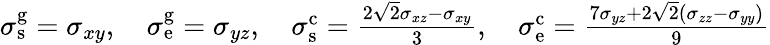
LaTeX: \begin{array}{r}{\sigma_{\mathrm{s}}^{\mathrm{g}}=\sigma_{xy},\quad\sigma_{\mathrm{e}}^{\mathrm{g}}=\sigma_{yz},\quad\sigma_{\mathrm{s}}^{\mathrm{c}}=\frac{2\sqrt{2}\sigma_{xz}-\sigma_{xy}}{3},\quad\sigma_{\mathrm{e}}^{\mathrm{c}}=\frac{7\sigma_{yz}+2\sqrt{2}\left(\sigma_{zz}-\sigma_{yy}\right)}{9}}\end{array}